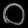
Digit: ၀